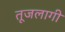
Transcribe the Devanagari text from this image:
तूजलागी